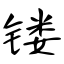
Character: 镂